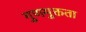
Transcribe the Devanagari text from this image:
गुणमुक्तता